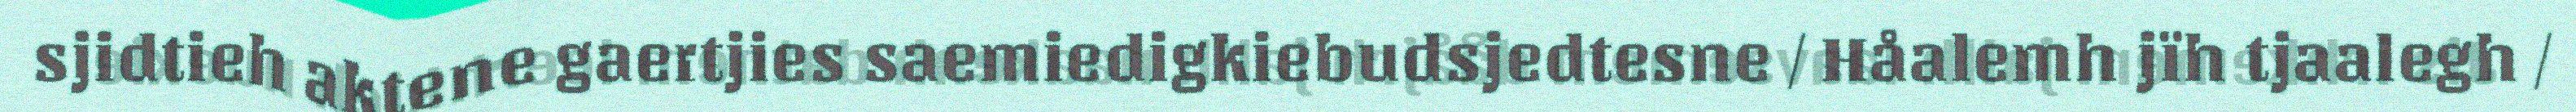
sjidtieh aktene gaertjies saemiedigkiebudsjedtesne / Håalemh jïh tjaalegh /